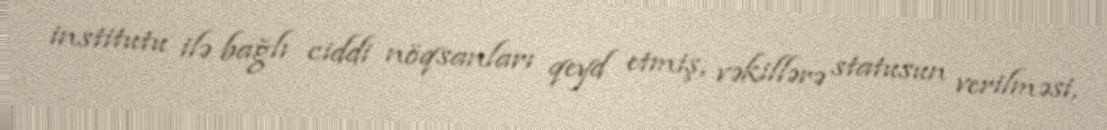
institutu ilə bağlı ciddi nöqsanları qeyd etmiş, vəkillərə statusun verilməsi,